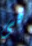
فى